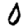
Digit: 0